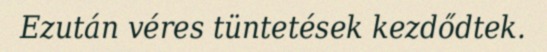
Ezután véres tüntetések kezdődtek.